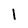
Character: l